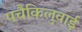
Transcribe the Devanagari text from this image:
पचैकिलुवाई